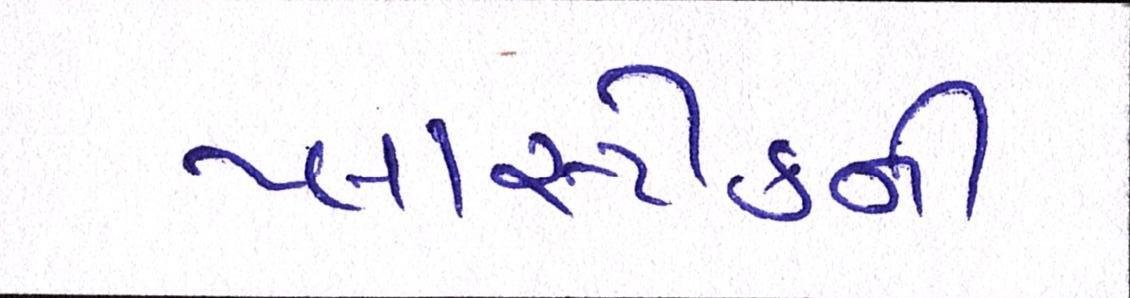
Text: પ્લાસ્ટીકની